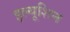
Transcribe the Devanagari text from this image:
इल्यूशिन